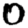
Digit: 0